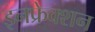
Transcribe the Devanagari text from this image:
इनफ्रेक्शन